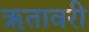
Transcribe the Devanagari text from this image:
ऋतावरी